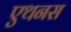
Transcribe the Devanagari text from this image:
एथनस